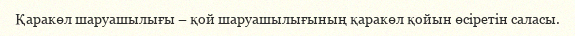
Қаракөл шаруашылығы – қой шаруашылығының қаракөл қойын өсіретін саласы.